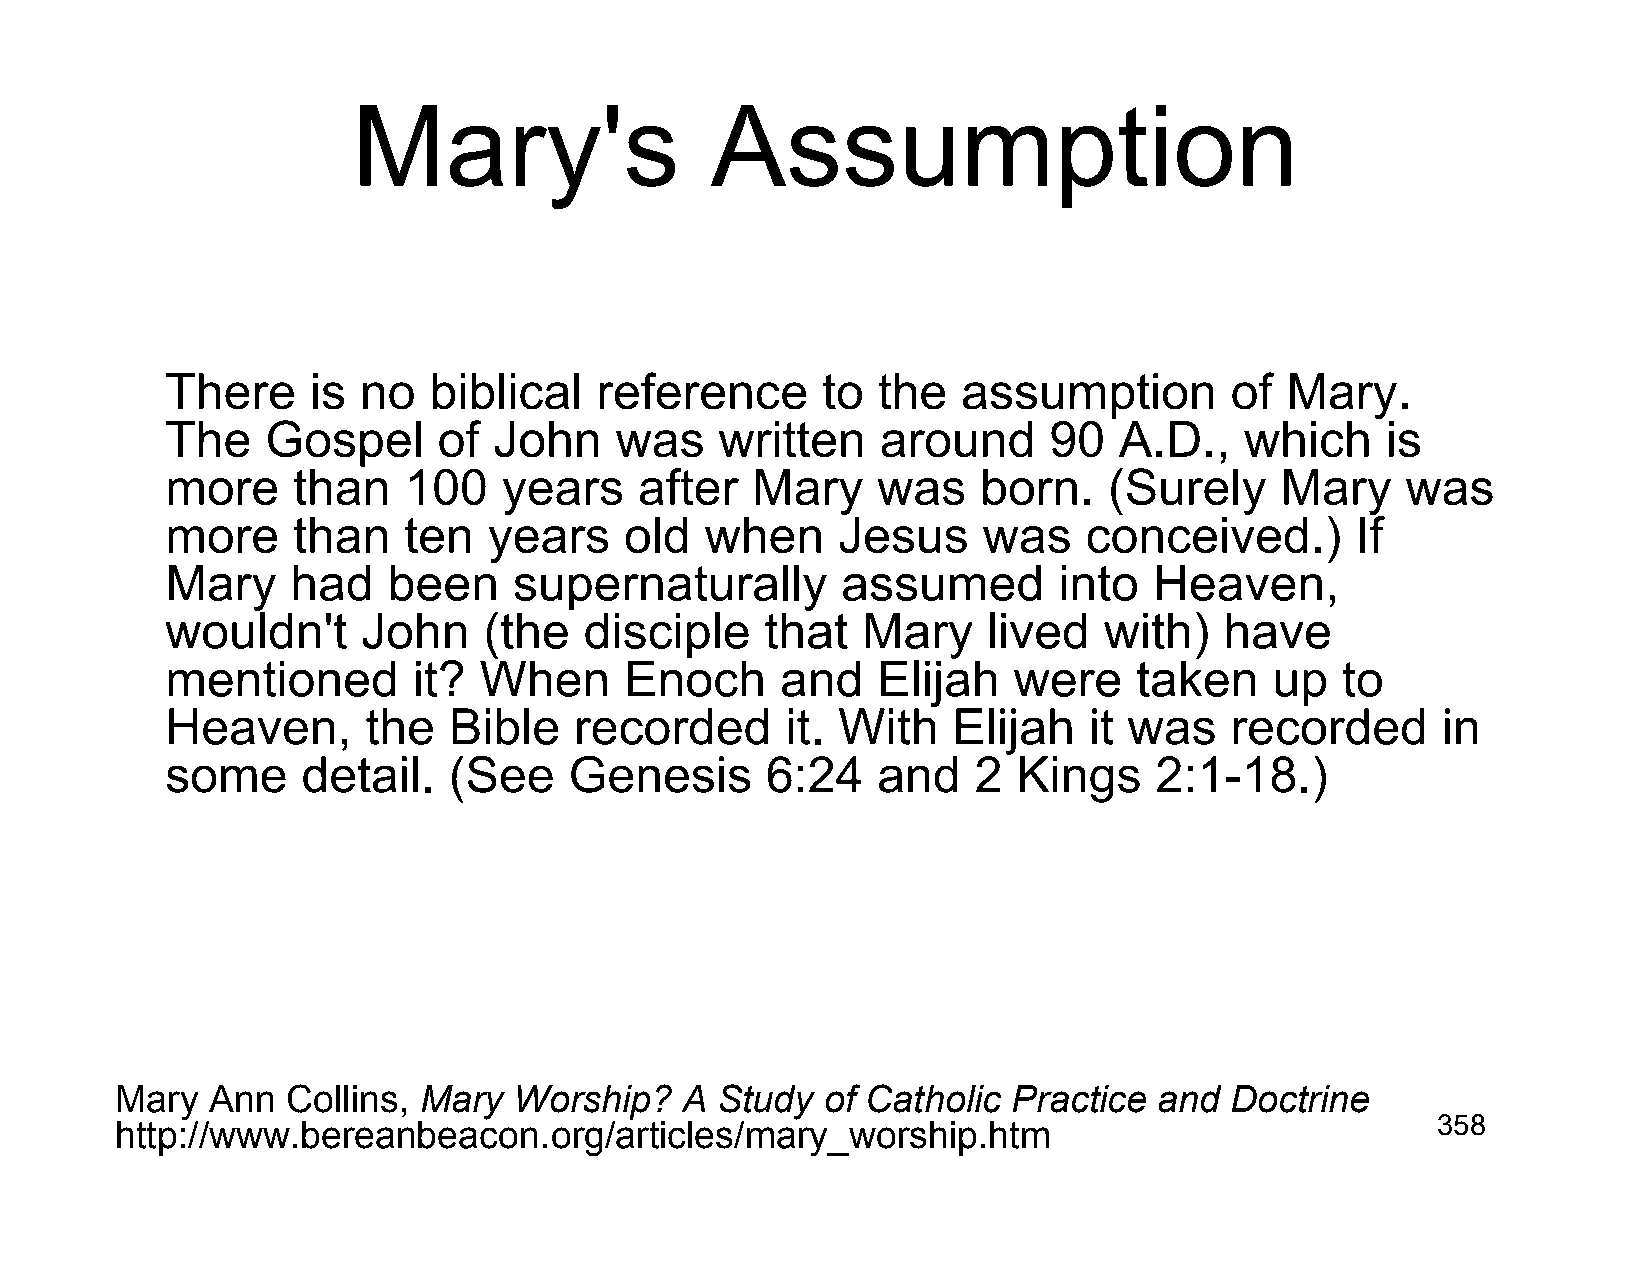
Mary's                  Assumption
 There     is no  biblical   reference      to  the   assumption       of  Mary.
 The    Gospel     of  John    was    written   around     90   A.D.,   which     is
 more    than    100   years    after   Mary    was    born.   (Surely     Mary    was
 more    than    ten  years    old   when    Jesus     was    conceived.)       If
 Mary    had    been    supernaturally        assumed       into  Heaven,
 wouldn't     John    (the   disciple    that  Mary    lived   with)   have
 mentioned       it?  When     Enoch      and   Elijah   were    taken    up   to
 Heaven,      the   Bible   recorded      it. With   Elijah   it was   recorded      in
 some     detail.   (See    Genesis      6:24   and   2  Kings    2:1-18.)
 Mary  Ann  Collins, Mary  Worship?   A Study   of Catholic Practice  and Doctrine
 http://www.bereanbeacon.org/articles/mary_worship.htm                                  358